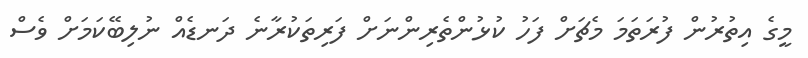
މީގެ އިތުރުން ފުރަތަމަ މެޗަށް ފަހު ކުޅުންތެރިންނަށް ފަރިތަކުރާނެ ދަނޑެއް ނުލިބޭކަމަށް ވެސް